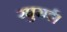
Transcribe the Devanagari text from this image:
रघुराई।